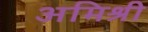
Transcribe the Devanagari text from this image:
अमिश्री